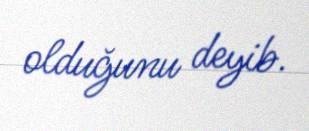
olduğunu deyib.